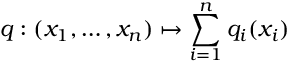
q : ( x _ { 1 } , \ldots , x _ { n } ) \mapsto \sum _ { i = 1 } ^ { n } q _ { i } ( x _ { i } )